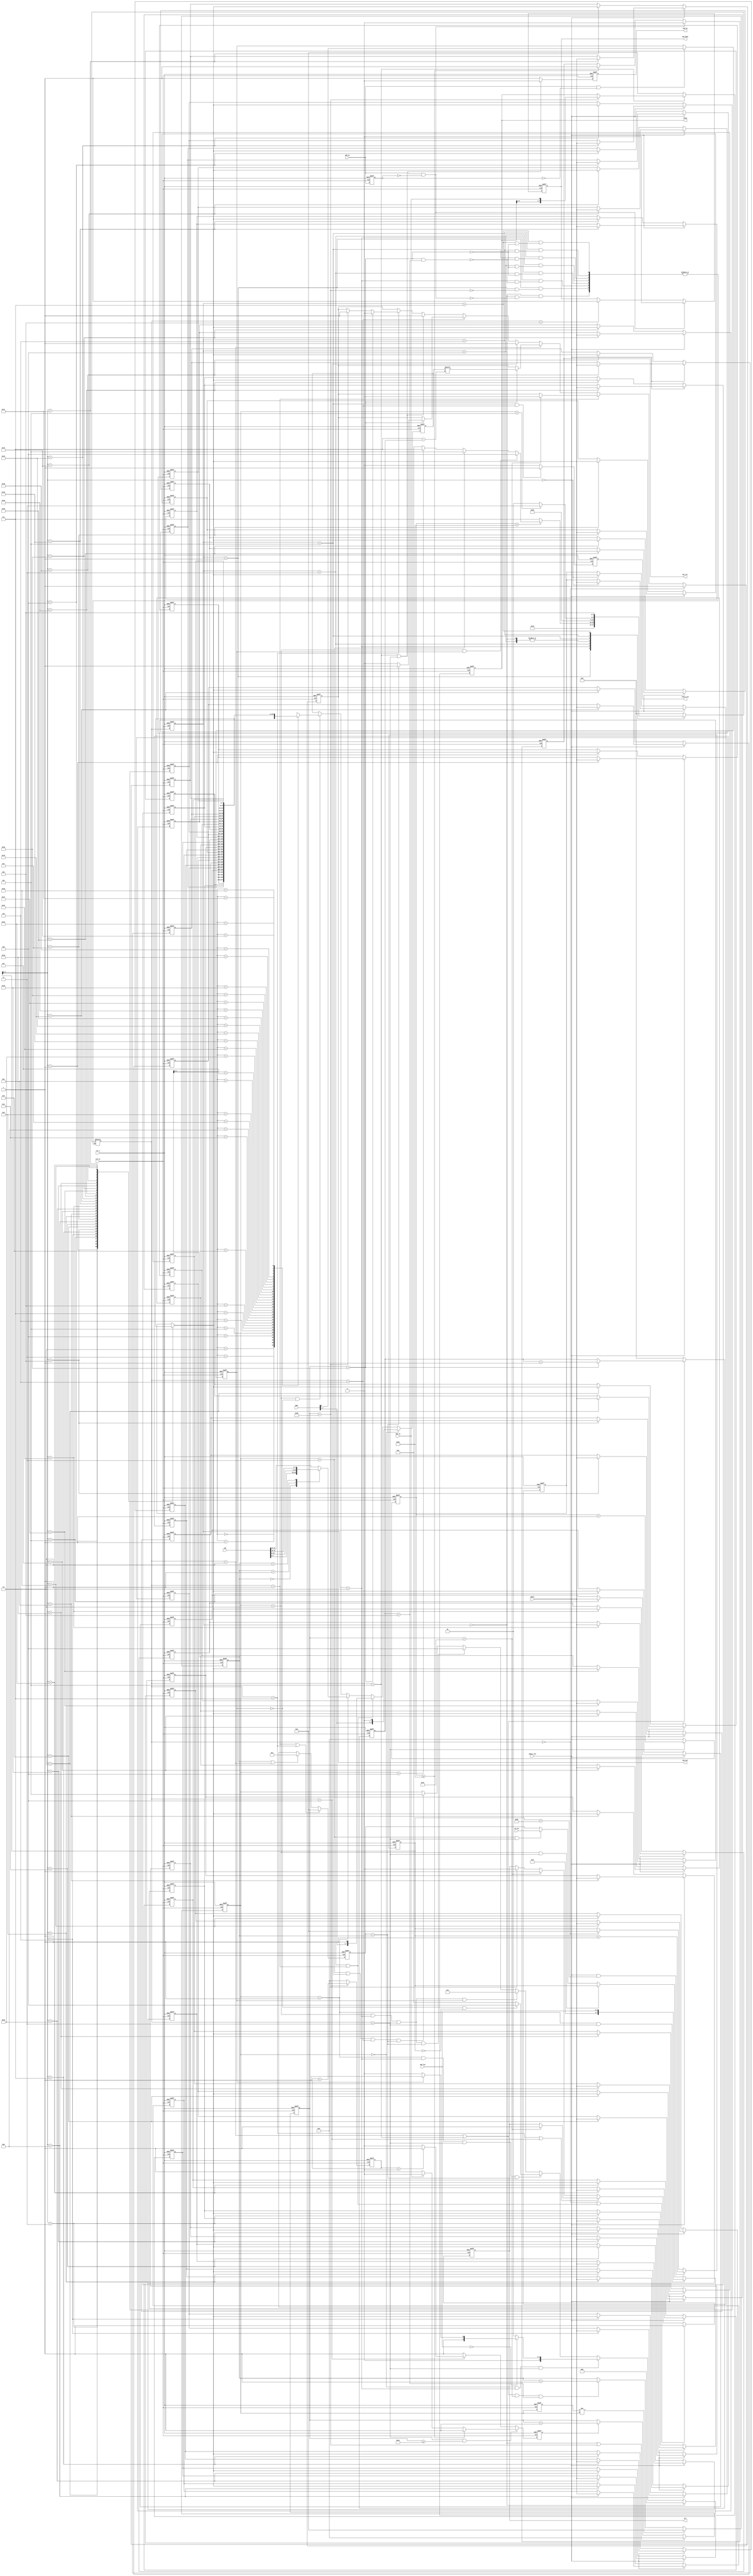
`timescale 1ns / 1ps
//////////////////////////////////////////////////////////////////////////////////
// Company: FMSH
// 
// Design Name: 
// Module Name: iic_driver
// Project Name: 
// Target Devices: 
// Tool Versions: 
// Description: 
// 
// Dependencies: 
// 
// Revision:
// Revision 0.01 - File Created
// Additional Comments:
// 
//////////////////////////////////////////////////////////////////////////////////

module iic_driver #
	(
		parameter	CLKIN_MHz = 100,  	//default clock in frequency is  100MHz
		parameter 	IIC_KHz = 1000,  	//default IIC scl frequency is 100KHz 
		parameter	TIMEOUT_us = 1,		//default wait slave ask time is 1us
		parameter	RESTART_DELAY_us = 0 //default read operation restart delay time is 0us
	)
	(
	
	input 				clk_in,
	input 				rst_n,
	
	input 				sda_in,
	output	reg			sda_out,
	output	reg			sda_en,  	//high-->output
	output	reg			scl,	 	//iIC clock output
	
	input				cmd_en,  	//begin translate IIC when detected cmd_en posedge
	input	[7:0]		addr, 	 	//bit[7:1]-->iic_physicl
	input	[31:0]		cmd,	 	//pmbus cmd or eeprom operation addr
	input	[2:0]		cmd_len,	//cmd[31:0] valid byte num  --> (0|1|2|3|4)
	input				wdata_vld, 	//wdata_vld high index wdata valid  
	input	[7:0]		wdata,		//begin input wdata when  cmd_en valid <= 32byte

	input	[7:0]		rd_len,  	//read data len
	output	reg [7:0]	rdata, 		//read data form slave
	output	reg			rdata_vld,	//index read data valid 
	
	output	reg			cmd_done,	//high --> cmd finish
	output	reg 		opt_err		//hing --> wait ask timeout
			

    );
    
localparam  DATA_POS 	= CLKIN_MHz*1000 / (4*IIC_KHz) - 1,
    		CLK_POS 	= CLKIN_MHz*1000 / (2*IIC_KHz) - 1,
    		DATA_NEG 	= 3*CLKIN_MHz*1000 / (4*IIC_KHz) - 1,
			CLK_NEG 	= CLKIN_MHz*1000 / (IIC_KHz) - 1;
			
localparam  TIMEOUT = CLKIN_MHz * TIMEOUT_us + CLK_POS;
localparam	RESTART_DELAY = CLKIN_MHz * RESTART_DELAY_us;			
     
localparam  MAX_WR_LEN = 32;
    
localparam	IDLE 		= 4'd0,
			START 		= 4'd1,
			WRITE 		= 4'd2,
			WAIT_ASK	= 4'd3,
			DELAY		= 4'd4,
			READ		= 4'd5,
			ASK			= 4'd6,
			STOP		= 4'd7,
			FINISH		= 4'd8,
			ERR			= 4'd9;
				
localparam  DIR_READ	= 1'b1,
			DIR_WRITE	= 1'b0;
			
localparam 	OPT_IDLE	= 3'd0,
			ADDR1_DONE 	= 3'd1,
			CMD_DONE	= 3'd2,
			ADDR2_DONE	= 3'd3,
			WDATA_DONE	= 3'd4,
			RDATA_DONE	= 3'd5;
			
			
reg			cnt_flag;
reg 		dir_flag;
reg 		cmd_en_z; 
reg [2:0] 	opt_sta = OPT_IDLE;	
reg [2:0] 	opt_sta_z;		
reg [3:0] 	cur_sta = IDLE,nxt_sta = IDLE;
reg [31:0] 	timeout_cnt;
reg [31:0] 	delay_cnt;
reg [3:0] 	bit_cnt;       
reg [31:0] 	clk_cnt;
reg [7:0] 	byte_cnt;
reg [7:0]	byte_len;
reg [31:0]	dly_cnt;
reg [7:0]	wr_len;
reg [7:0] 	wdata_z;
reg [7:0]   wr_mem[MAX_WR_LEN - 1:0];


//clk_cnt
always@(posedge clk_in or negedge rst_n)
begin
	if(~rst_n)
		clk_cnt <= 0;
	else if(cur_sta == IDLE || clk_cnt == CLK_NEG)
		clk_cnt <= 0;
	else
	begin
		if(cnt_flag)
			clk_cnt <= clk_cnt + 1'b1;
		else
			clk_cnt <= clk_cnt;
	end
end

//timeout cnt
always@(posedge clk_in or negedge rst_n)
begin
	if(~rst_n)
		timeout_cnt <= 0;
	else
	begin
		if(nxt_sta == WAIT_ASK) 
			timeout_cnt <= timeout_cnt + 1'b1;
		else
			timeout_cnt <= 0;
	end
end

//restat delay cnt
always@(posedge clk_in or negedge rst_n)
begin
	if(~rst_n)
		delay_cnt <= 0;
	else
	begin
		if(nxt_sta == DELAY) 
			delay_cnt <= delay_cnt + 1'b1;
		else
			delay_cnt <= 0;
	end
end

//index clk cnt
always@(posedge clk_in or negedge rst_n)
begin
	if(~rst_n)
		cnt_flag <= 1'b1;
	else if((nxt_sta == WAIT_ASK) && (clk_cnt >= DATA_NEG))
	begin
		if(timeout_cnt >= TIMEOUT)
			cnt_flag <= 1'b1;
		else if(sda_in == 1'b1)
			cnt_flag <= 1'b0;
		else
			cnt_flag <= 1'b1;
	end
	else if(nxt_sta == DELAY)
	begin
		if(delay_cnt > RESTART_DELAY)
			cnt_flag <= 1'b1;
		else
			cnt_flag <= 1'b0;
	end
	else
	begin
		cnt_flag <= 1'b1;
	end
end

//detect cmd_en posedge    
always@(posedge clk_in or negedge rst_n)
begin
	if(~rst_n)
		cmd_en_z <= 8'h0;
	else
		cmd_en_z <= cmd_en;
end

//addr[0]-->WRITE or READ
always@(posedge clk_in or negedge rst_n)
begin
	if(~rst_n)
		dir_flag <= 1'h0;
	else if(cmd_en && ~cmd_en_z)//detect cmd_en posedge 
		dir_flag <= addr[0];
	else
		dir_flag <= dir_flag;
end


//cnt wrdata len
always@(posedge clk_in or negedge rst_n)
begin
	if(~rst_n)
		wr_len <= 8'h0;
	else if(wdata_vld && wr_len < MAX_WR_LEN) 
		wr_len <= wr_len + 1'b1;
	else if(nxt_sta == IDLE)
		wr_len <= 8'h0;
	else
		wr_len <= wr_len;
end

//storage wrdata
integer i;
always@(posedge clk_in or negedge rst_n)
begin
	if(~rst_n)
	begin
		for(i = 0; i < MAX_WR_LEN; i = i+1)
			wr_mem[i] <= 8'h0;
	end
	else if(wdata_vld) 
		wr_mem[wr_len] <= wdata;
	else
		wr_mem[wr_len] <= wr_mem[wr_len];
end
 
//write data or read data cnt bit
always@(posedge clk_in or negedge rst_n)
begin
	if(~rst_n)
		bit_cnt <= 4'b0;
	else
	begin
		if(nxt_sta == WRITE || nxt_sta == READ)
		begin
			if(clk_cnt == DATA_POS)
				bit_cnt <= bit_cnt + 1'b1;
			else
				bit_cnt <= bit_cnt;
		end
		else
			bit_cnt <= 4'b0;
	end
end




//opt_sta index state change
always@(posedge clk_in or negedge rst_n)
begin
	if(~rst_n)
		opt_sta <= OPT_IDLE;
	else if(cur_sta == IDLE)
		opt_sta <= OPT_IDLE;
	else if(opt_sta == OPT_IDLE && cur_sta == WRITE && nxt_sta == WAIT_ASK) //write addr done
	begin
		if(cmd_len == 0) //no cmd 
			opt_sta <= (dir_flag == DIR_READ)?ADDR2_DONE:CMD_DONE;
		else
			opt_sta <= ADDR1_DONE;
	end
	else if(opt_sta == ADDR1_DONE && cur_sta == WRITE && nxt_sta == WAIT_ASK && byte_len == byte_cnt) 
	begin
		if(dir_flag == DIR_WRITE && wr_len == 0)
			opt_sta <= WDATA_DONE;
		else
			opt_sta <= CMD_DONE;
	end
	else if(opt_sta == CMD_DONE && cur_sta == WRITE && nxt_sta == WAIT_ASK && dir_flag == DIR_READ)
		opt_sta <= ADDR2_DONE;
	else if(opt_sta == CMD_DONE && cur_sta == WRITE && nxt_sta == WAIT_ASK && byte_len == byte_cnt)
		opt_sta <= WDATA_DONE;
	else if(opt_sta == ADDR2_DONE && cur_sta == READ && nxt_sta == ASK && byte_len == byte_cnt)
		opt_sta <= RDATA_DONE;
	else
		opt_sta <= opt_sta;
end

//index clear byte cnt
always@(posedge clk_in or negedge rst_n)
begin
	if(~rst_n)
		opt_sta_z <= 3'b0;
	else
		opt_sta_z <= opt_sta;
end

//byte cnt
always@(posedge clk_in or negedge rst_n)
begin
	if(~rst_n)
		byte_cnt <= 8'b0;
	else if(opt_sta_z != opt_sta)
		byte_cnt <= 8'b0;
	else
	begin
		if((nxt_sta == WRITE || nxt_sta == READ ) && (clk_cnt == CLK_POS) && (bit_cnt == 8))
			byte_cnt <= byte_cnt + 1'b1;
		else
			byte_cnt <= byte_cnt;
	end
end

//byte len
always@(posedge clk_in or negedge rst_n)
begin
	if(~rst_n)
		byte_len <= 8'b0;
	else if(nxt_sta == START || nxt_sta == STOP)
		byte_len <= 8'd0;
	else if(cur_sta == START && nxt_sta == WRITE) //addr len --> 1
		byte_len <= 8'd1;
	else if(opt_sta == ADDR1_DONE && nxt_sta == WAIT_ASK )
		byte_len <= cmd_len;
	else if(opt_sta == CMD_DONE && nxt_sta == WAIT_ASK)
		byte_len <= wr_len;
	else if(opt_sta == ADDR2_DONE && nxt_sta == WAIT_ASK )
		byte_len <= rd_len;
	else
		byte_len <= byte_len;
end



//wdata
always@(posedge clk_in or negedge rst_n)
begin
	if(~rst_n)
		wdata_z <= 8'b0;
	else if(opt_sta == IDLE)
		wdata_z <= {addr[7:1],DIR_WRITE};
	else if(cur_sta == WAIT_ASK && nxt_sta == START)
		wdata_z <= {addr[7:1],DIR_READ};
	else if(opt_sta == ADDR1_DONE) 
	begin
		case(byte_cnt)
		0:wdata_z <= cmd[7:0];
		1:wdata_z <= cmd[15:8];
		2:wdata_z <= cmd[23:16];
		default:wdata_z <= cmd[31:24];
		endcase
	end
	else if(opt_sta == CMD_DONE && dir_flag == DIR_WRITE)
		wdata_z <= wr_mem[byte_cnt];
	else
		wdata_z <= wdata_z;
end


//iic scl
always@(posedge clk_in or negedge rst_n)
begin
	if(~rst_n)
		scl <= 1'b1;
	else if(nxt_sta == IDLE || (cur_sta == WAIT_ASK && nxt_sta == START))
		scl <= 1'b1;
	else if(nxt_sta == STOP || nxt_sta == DELAY)
	begin
		if(clk_cnt == CLK_POS)
			scl <= 1'b1;
		else
			scl <= scl;
	end
	else
	begin
		if(clk_cnt == CLK_POS)
			scl <= 1'b1;
		else if(clk_cnt == CLK_NEG)
			scl <= 1'b0;
	end
end

//iic sda output
always@(posedge clk_in or negedge rst_n)
begin
	if(~rst_n)
	begin
		sda_out <= 1'b1;
	end
	else
	begin
		if(nxt_sta == IDLE)
		begin
			sda_out <= 1'b1;
		end
		else if(nxt_sta == START) 	
		begin
			if(clk_cnt == CLK_POS)
				sda_out <= 1'b0;
			else
				sda_out <= sda_out;
		end
		else if(nxt_sta == WRITE)
		begin
			if(clk_cnt == DATA_POS)
				sda_out <= wdata_z[7- bit_cnt];
			else
				sda_out <= sda_out;
		end
		else if(nxt_sta == DELAY)
		begin
			sda_out <= 1'b1;
		end
		else if(nxt_sta == ASK)
		begin
			if(clk_cnt == DATA_POS)
			begin
				if(byte_len == byte_cnt)
					sda_out <= 1'b1;
				else
					sda_out <= 1'b0;
			end
		end
		else if(nxt_sta == READ || nxt_sta == WAIT_ASK)
		begin
			sda_out <= 1'b1;
		end
		else if(nxt_sta == STOP)
		begin
			if(clk_cnt == DATA_POS)
				sda_out <= 1'b0;
			else if(clk_cnt == CLK_NEG)
				sda_out <= 1'b1;
		end
		else
		begin
			sda_out <= sda_out;
		end
	end
end


//iic sda output enable
always@(posedge clk_in or negedge rst_n)
begin
	if(~rst_n)
	begin
		sda_en <= 1'b1;
	end
	else
	begin
		if(nxt_sta == READ || nxt_sta == WAIT_ASK)
			sda_en <= 1'b0;
		else
			sda_en <= 1'b1;
	end
end


//read data from slave
always@(posedge clk_in or negedge rst_n)
begin
	if(~rst_n)
		rdata <= 8'b0;
	else if(nxt_sta == READ)
	begin
		if(clk_cnt == CLK_NEG)
			rdata <= {rdata[6:0],sda_in};
		else
			rdata <= rdata;
	end
	else
		rdata <= 8'b0;
end


//read data valid 
always@(posedge clk_in or negedge rst_n)
begin
	if(~rst_n)
		rdata_vld <= 1'b0;
	else if((cur_sta == READ) && (nxt_sta == ASK))
		rdata_vld <= 1'b1;
	else
		rdata_vld <= 1'b0;

end


always@(posedge clk_in or negedge rst_n)
begin
	if(~rst_n)
		cmd_done <= 1'b0;
	else if(cmd_en && !cmd_en_z)
		cmd_done <= 1'b0;
	else if(nxt_sta == FINISH)
		cmd_done <= 1'b1;
	else
		cmd_done <= cmd_done;
end


    
always@(posedge clk_in or negedge rst_n)
begin
	if(~rst_n)
		opt_err <= 1'b0;
	else if(cmd_en && !cmd_en_z)
		opt_err <= 1'b0;
	else if(timeout_cnt >= TIMEOUT) //(nxt_sta == ERR)
		opt_err <= 1'b1;
	else
		opt_err <= opt_err;
end




always@(posedge clk_in or negedge rst_n)
begin
	if(~rst_n)
		cur_sta <= IDLE;
	else
		cur_sta <= nxt_sta;
end

//Combinational logic
always@(*)
begin
	case(cur_sta)
		IDLE:
			begin
				if(cmd_en && !cmd_en_z)   //else latches
					nxt_sta = START;
			end			
		START: 	if(clk_cnt == CLK_NEG) 	//else latches
					nxt_sta = WRITE;	
		WRITE:	if((clk_cnt == DATA_POS) && (bit_cnt == 8)) //else null
					nxt_sta = WAIT_ASK;
		WAIT_ASK:
			begin
				if(clk_cnt == DATA_POS) //else latches
				begin
					if(timeout_cnt < TIMEOUT)
					begin
						if(opt_sta == CMD_DONE && dir_flag == DIR_READ)
							nxt_sta = DELAY;
						else if(opt_sta == ADDR2_DONE)
							nxt_sta = READ;
						else if(opt_sta == WDATA_DONE)
							nxt_sta = STOP;
						else
							nxt_sta = WRITE;
					end
					else
					nxt_sta = STOP;//ERR
				end
			end
		DELAY:	if(clk_cnt == DATA_POS) //else latches
					nxt_sta = START;
			
		READ:	if( (clk_cnt == DATA_POS) && (bit_cnt == 8)) //else latches
					nxt_sta = ASK;
		ASK:
			begin
				if(clk_cnt == DATA_POS)	//else latches
				begin
					if(opt_sta == RDATA_DONE)
						nxt_sta = STOP;
					else
						nxt_sta = READ;
				end
			end
		STOP:	if(clk_cnt == DATA_POS) //else latches
					nxt_sta = FINISH;	
		FINISH: nxt_sta = IDLE;
//		ERR:	nxt_sta = IDLE;	
		default:nxt_sta = IDLE;
		endcase
end    
    
endmodule